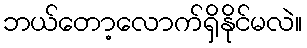
ဘယ်တော့လောက်ရှိနိုင်မလဲ။